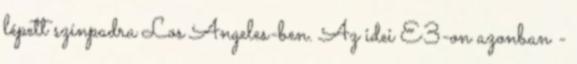
lépett színpadra Los Angeles-ben. Az idei E3-on azonban -